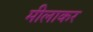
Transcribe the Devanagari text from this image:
मीलाकर